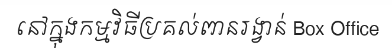
នៅក្នុងកម្មវិធីប្រគល់ពានរង្វាន់ Box Office